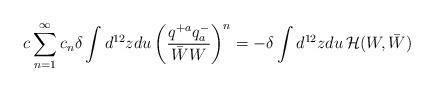
LaTeX: \begin{align*}c\sum^{\infty}_{n=1} c_n \delta \int d^{12}z du\left( \frac{q^{+a}q^{-}_a }{\bar W W} \right)^n=-\delta \int d^{12}zdu\, {\cal H} (W, \bar W)\end{align*}